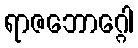
ရာဇဘောဂ္ဂေါ